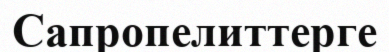
Сапропелиттерге